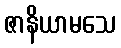
ဇာနိယာမသေ